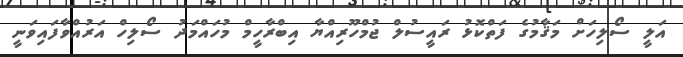
އަލީ ސޯލިހަށް މަޤާމުގެ ފަތްކޮޅު ރައީސުލް ޖުމްހޫރިއްޔާ އިބްރާހީމް މުހައްމަދު ސޯލިހް އަރުއްވާފައިވަނީ